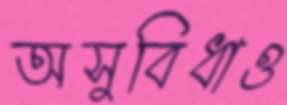
অসুবিধাও